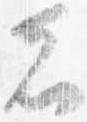
者